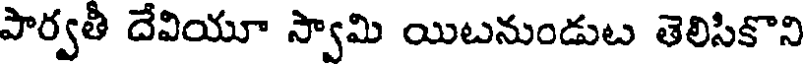
పార్వతీ దేవియూ స్వామి యిటనుండుట తెలిసికొని